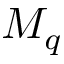
M _ { q }